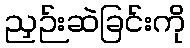
ညှဉ်းဆဲခြင်းကို